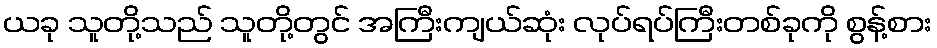
ယခု သူတို့သည် သူတို့တွင် အကြီးကျယ်ဆုံး လုပ်ရပ်ကြီးတစ်ခုကို စွန့်စား